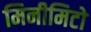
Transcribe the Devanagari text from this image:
मिनीमिटो